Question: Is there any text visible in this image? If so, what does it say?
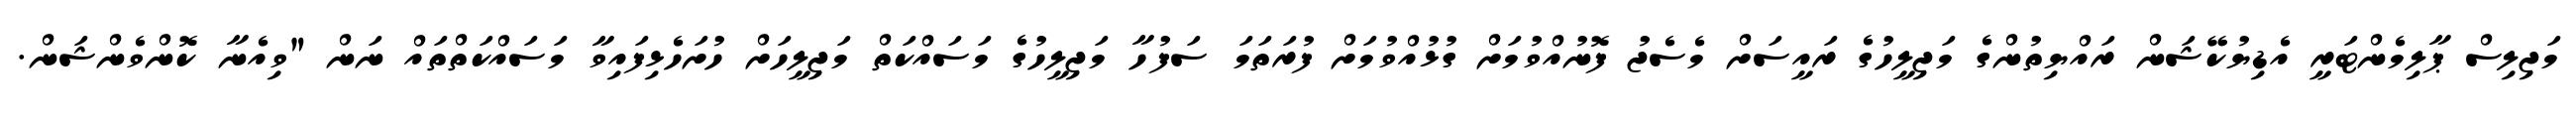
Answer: މަޖިލިސް ޕާލިމެންޓަރީ އެޑިޔުކޭޝަން ރައްޔިތުންގެ މަޖިލީހުގެ ރައީސަށް މެސެޖު ފޮނުއްވުމަށް ގުޅުއްވުމަށް ފުރަތަމަ ސަފުހާ މަޖިލީހުގެ މަސައްކަތް މަޖިލީހަށް ހުށަހެޅިފައިވާ މަސައްކަތްތައް ނަން "ވިއެނާ ކޮންވެންޝަން.